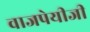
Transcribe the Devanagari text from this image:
वाजपेयीजी